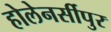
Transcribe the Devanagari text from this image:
होलेनर्सीपुर